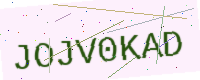
Text: JOJV0KAD